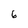
Character: 6